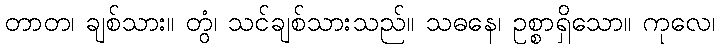
တာတ၊ ချစ်သား။ တွံ၊ သင်ချစ်သားသည်။ သဓနေ၊ ဥစ္စာရှိသော။ ကုလေ၊